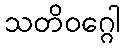
သတိဝဂ္ဂေါ